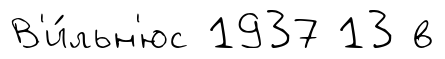
В'и́льн'юс 1937 13 в